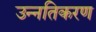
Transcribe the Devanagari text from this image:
उन्नतिकरण